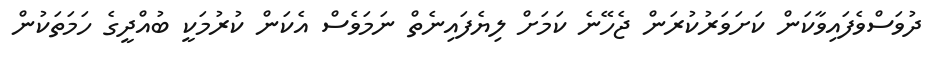
ދުވަސްވެފައިވާކަން ކަށަވަރުކުރަން ޖެހޭނެ ކަމަށް ލިޔެފައިނެތް ނަމަވެސް އެކަން ކުރުމަކީ ބުއްދީގެ ހަމަތަކުން